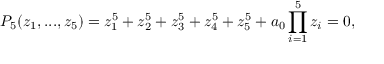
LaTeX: P _ { 5 } ( z _ { 1 } , . . . , z _ { 5 } ) = z _ { 1 } ^ { 5 } + z _ { 2 } ^ { 5 } + z _ { 3 } ^ { 5 } + z _ { 4 } ^ { 5 } + z _ { 5 } ^ { 5 } + a _ { 0 } \prod _ { i = 1 } ^ { 5 } z _ { i } = 0 ,